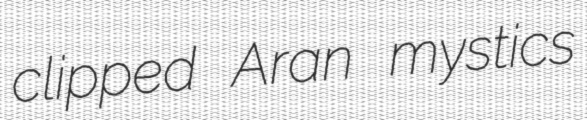
clipped Aran mystics